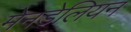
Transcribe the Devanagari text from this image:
मेनडेलियन